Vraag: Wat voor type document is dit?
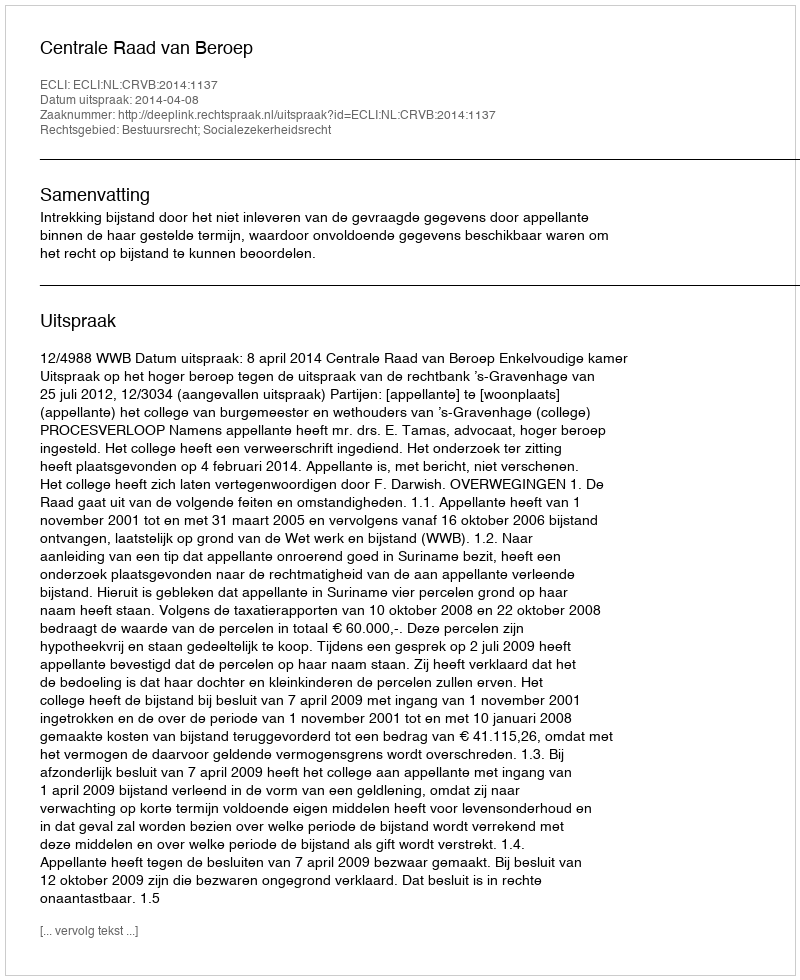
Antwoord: Uitspraak